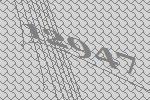
12947